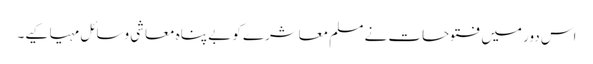
اس دور میں فتوحات نے مسلم معاشرے کو بے پناہ معاشی وسائل مہیا کیے۔